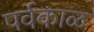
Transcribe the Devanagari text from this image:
पर्वकाळ